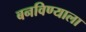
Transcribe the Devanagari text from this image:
बनविण्याला